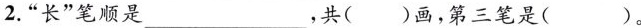
2.“长”笔顺是___，共（）画，第三笔是（）。